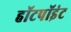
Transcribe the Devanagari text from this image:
हॉटपॉइंट